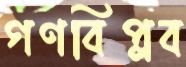
গণবিপ্লব